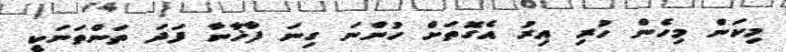
މިކަން މިހެން ހުރި އިރު އެގޮތަށް ހުންނަ ގިނަ ފާޚާނާ ފަދަ ތަންތަނަކީ